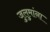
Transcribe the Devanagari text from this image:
जुलुमांना